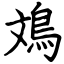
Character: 鳼